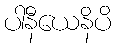
ပါနီယေနိပိ